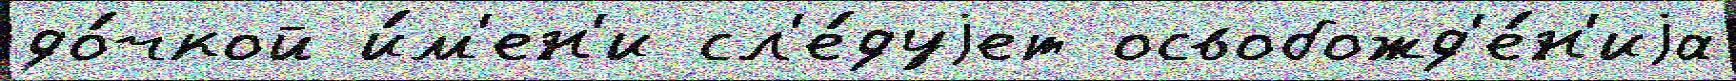
до́чкой и́м'ен'и сл'е́дуjет освобожд'е́н'иjа